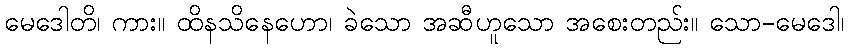
မေဒေါတိ၊ ကား။ ထိနသိနေဟော၊ ခဲသော အဆီဟူသော အစေးတည်း။ သော-မေဒေါ၊